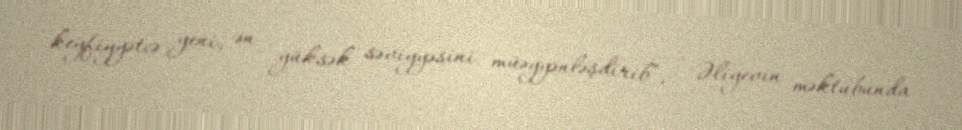
keyfiyyətcə yeni, ən yüksək səviyyəsini müəyyənləşdirib”, - Əliyevin məktubunda